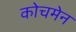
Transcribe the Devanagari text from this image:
कोचमेन